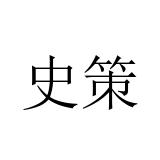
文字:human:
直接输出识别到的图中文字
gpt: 史策